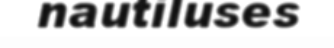
nautiluses